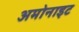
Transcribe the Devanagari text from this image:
अमोनाइट